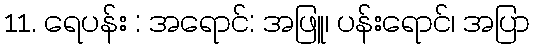
11. ရေပန်း : အရောင်: အဖြူ၊ ပန်းရောင်၊ အပြာ